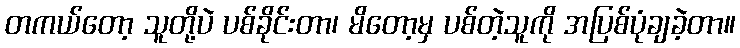
တကယ်တော့ သူတို့ပဲ ပစ်ခိုင်းတာ၊ မိတော့မှ ပစ်တဲ့သူကို အပြစ်ပုံချခဲ့တာ။